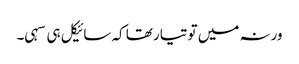
ورنہ میں تو تیار تھا کہ سائیکل ہی سہی۔